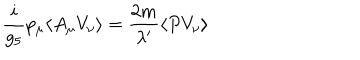
\frac { i } { g _ { 5 } } p _ { \mu } \langle A _ { \mu } V _ { \nu } \rangle = \frac { 2 m } { \lambda ^ { \prime } } \langle P V _ { \nu } \rangle